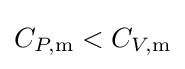
C_{P,\mathrm {m} }<C_{V,\mathrm {m} }